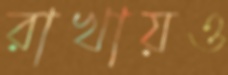
রাখায়ও